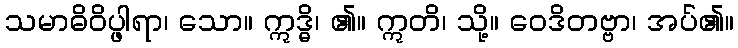
သမာဓိဝိပ္ဖါရာ၊ သော။ ဣဒ္ဓိ၊ ၏။ ဣတိ၊ သို့။ ဝေဒိတဗ္ဗာ၊ အပ်၏။